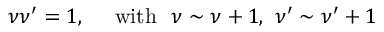
\nu \nu ^ { \prime } = 1 , \ \ \ \ \mathrm { w i t h } \ \ \nu \sim \nu + 1 , \ \nu ^ { \prime } \sim \nu ^ { \prime } + 1